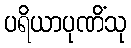
ပရိယာပုဏိံသု